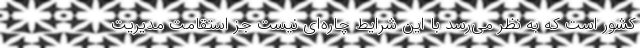
کشور است که به نظر می‌رسد با این شرایط چاره‌ای نیست جز استقامت مدیریت